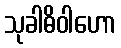
သုခါဓိဝါဟော